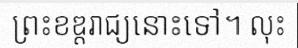
ព្រះខឌ្តរាជ្យនោះទៅ។ លុះ